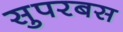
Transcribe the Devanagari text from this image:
सुपरबस